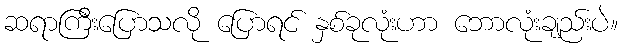
ဆရာကြီးပြောသလို ပြောရင် နှစ်ခုလုံးဟာ ဘောလုံးချည်းပဲ။